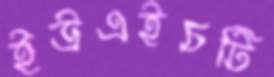
ইউএইচটি